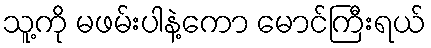
သူ့ကို မဖမ်းပါနဲ့ကော မောင်ကြီးရယ်